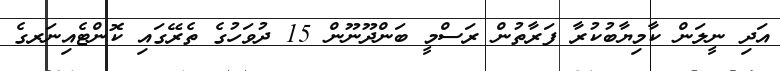
އަދި ނީލަން ކާމިޔާބުކުރާ ފަރާތުން ރަސްމީ ބަންދޫނޫން 15 ދުވަހުގެ ތެރޭގައި ކޮންޓެއިނަރގެ